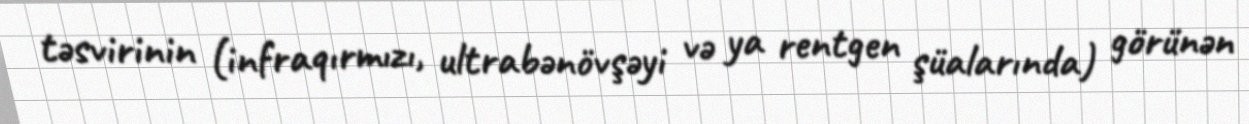
təsvirinin (infraqırmızı, ultrabənövşəyi və ya rentgen şüalarında) görünən